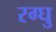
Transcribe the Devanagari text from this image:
रग्घु